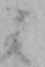
ミ